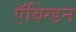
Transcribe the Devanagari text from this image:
ऍबिंग्डन